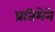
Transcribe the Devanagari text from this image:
प्रतिमेने